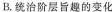
B.统治阶层旨趣的变化